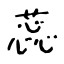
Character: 蕊